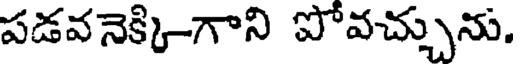
పడవనెక్కి-గాని పోవచ్చును.